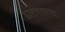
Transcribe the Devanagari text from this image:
डाक्क्याचा